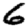
Digit: 6